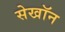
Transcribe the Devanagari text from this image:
सेखॉन